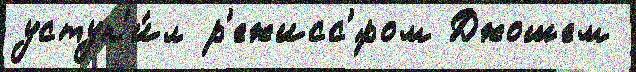
уступ'и́л р'ежисс'́ром Джошем